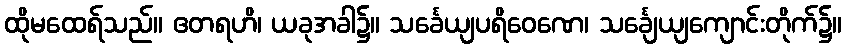
ထိုမထေရ်သည်။ ဧတရဟိ၊ ယခုအခါ၌။ သင်္ခေယျပရိဝေဏေ၊ သင်္ချေယျကျောင်းတိုက်၌။